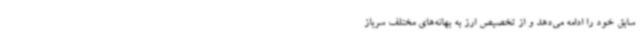
سابق خود را ادامه می‌دهد و از تخصیص ارز به بهانه‌های مختلف سرباز